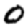
Digit: 0